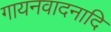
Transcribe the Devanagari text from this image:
गायनवादनादि